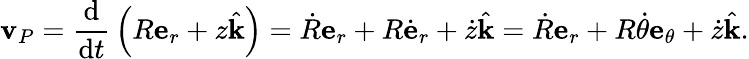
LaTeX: \mathbf{v}_{P}={\frac{\mathrm{d}}{{\mathrm{d}}t}}\left(R\mathbf{e}_{r}+z{\hat{\mathbf{k}}}\right)={\dot{R}}\mathbf{e}_{r}+R{\dot{\mathbf{e}}}_{r}+{\dot{z}}{\hat{\mathbf{k}}}={\dot{R}}\mathbf{e}_{r}+R{\dot{\theta}}\mathbf{e}_{\theta}+{\dot{z}}{\hat{\mathbf{k}}}.